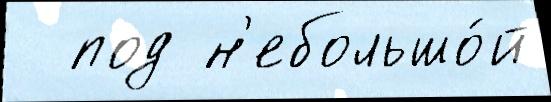
  под н'ебольшо́й